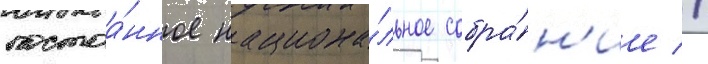
постоа́нное национа́льное собра́н'ие //